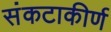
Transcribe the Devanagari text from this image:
संकटाकीर्ण